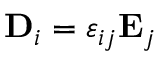
\mathbf { D } _ { i } = \varepsilon _ { i j } \mathbf { E } _ { j }